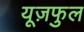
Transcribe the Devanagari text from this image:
यूज़फुल